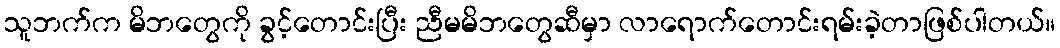
သူဘက်က မိဘတွေကို ခွင့်တောင်းပြီး ညီမမိဘတွေဆီမှာ လာရောက်တောင်းရမ်းခဲ့တာဖြစ်ပါတယ်။